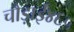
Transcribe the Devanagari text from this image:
चौड़ाई४६५